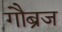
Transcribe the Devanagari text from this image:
गौब्रज